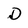
Character: D